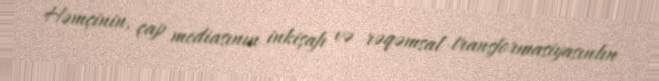
Həmçinin, çap mediasının inkişafı və rəqəmsal transformasiyasınlın